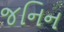
જનિન